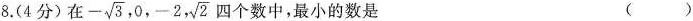
8.(4分)在 - \sqrt{3},0,-2, \sqrt{2}四个数中，最小的数是 ()